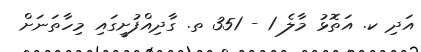
އަދި ކ. އަތޮޅު މާލެ 1 - 351 ތ. ގާދިއްފުށީގައި މިހާތަނަށް